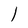
Character: l